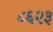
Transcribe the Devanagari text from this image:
८६२३